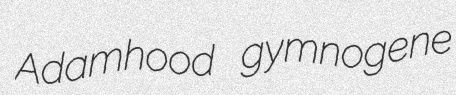
Adamhood gymnogene